Subject: physics
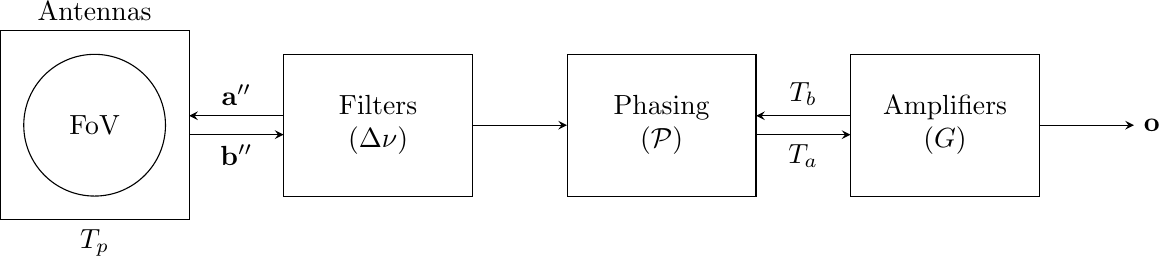
LaTeX code:
\begin{tikzpicture}[scale=1.2]
\draw[white] (-2, -2) rectangle (12, 2);
\node[anchor=south] at (0, 1) {Antennas};
\draw[shift={(-1, -1)}] (0, 0) rectangle (2, 2);
\node[anchor=north] at (0, -1) {$T_p$};

\draw [fill=none] (0,0) circle (0.75);
\node[anchor=center] at (0, 0) {FoV};

\draw[-stealth] (1, -0.1) to (2, -0.1);
\node[anchor=north] at (1.5, -0.1) {$\mathbf{b}''$};

\draw[stealth-] (1, 0.1) to (2, 0.1);
\node[anchor=south] at (1.5, 0.1) {$\mathbf{a}''$};

\node[anchor=center, align=center, text width=2cm] at (3, 0) {Filters \\ ($\Delta \nu$)};
\draw[shift={(-1, -0.75)}] (3, 0) rectangle (5, 1.5);
\draw[-stealth] (4, 0) to (5, 0);
\node[anchor=center, align=center, text width=2cm] at (6, 0) {Phasing \\ ($\mathcal{P}$)};
\draw[shift={(-1, -0.75)}] (6, 0) rectangle (8, 1.5);

\node[anchor=center, align=center, text width=2cm] at (9, 0) {Amplifiers \\ ($G$)};
\draw[shift={(-1, -0.75)}] (9, 0) rectangle (11, 1.5);

\draw[-stealth] (7, -0.1) to (8, -0.1);
\node[anchor=north] at (7.5, -0.1) {$T_a$};

\draw[stealth-] (7, 0.1) to (8, 0.1);
\node[anchor=south] at (7.5, 0.1) {$T_b$};

\draw[-stealth] (10, 0) to (11, 0);

\node[anchor=west] at (11, 0) {$\mathbf{o}$};

\end{tikzpicture}